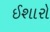
ઈશારો